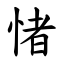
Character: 㥩